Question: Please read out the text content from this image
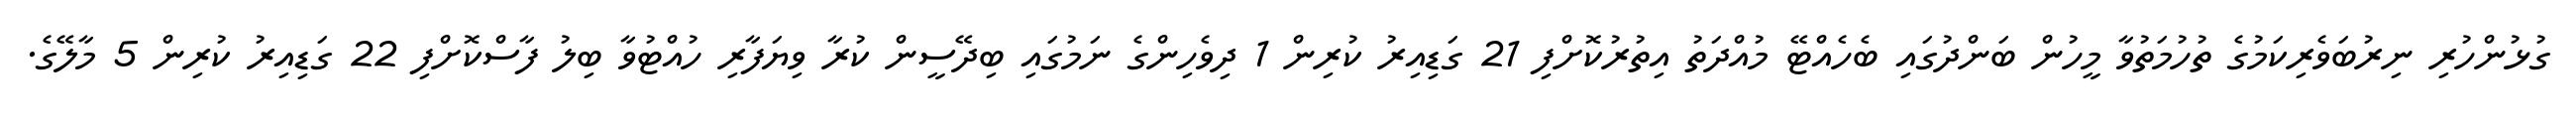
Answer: ގުޅުންހުރި ނިރުބަވެރިކަމުގެ ތުހުމަތުވާ މީހުން ބަންދުގައި ބެހެއްޓޭ މުއްދަތު އިތުރުކޮށްފި 21 ގަޑިއިރު ކުރިން 1 ދިވެހިންގެ ނަމުގައި ބިދޭސީން ކުރާ ވިޔަފާރި ހުއްޓުވާ ބިލު ފާސްކޮށްފި 22 ގަޑިއިރު ކުރިން 5 މާލޭގެ.